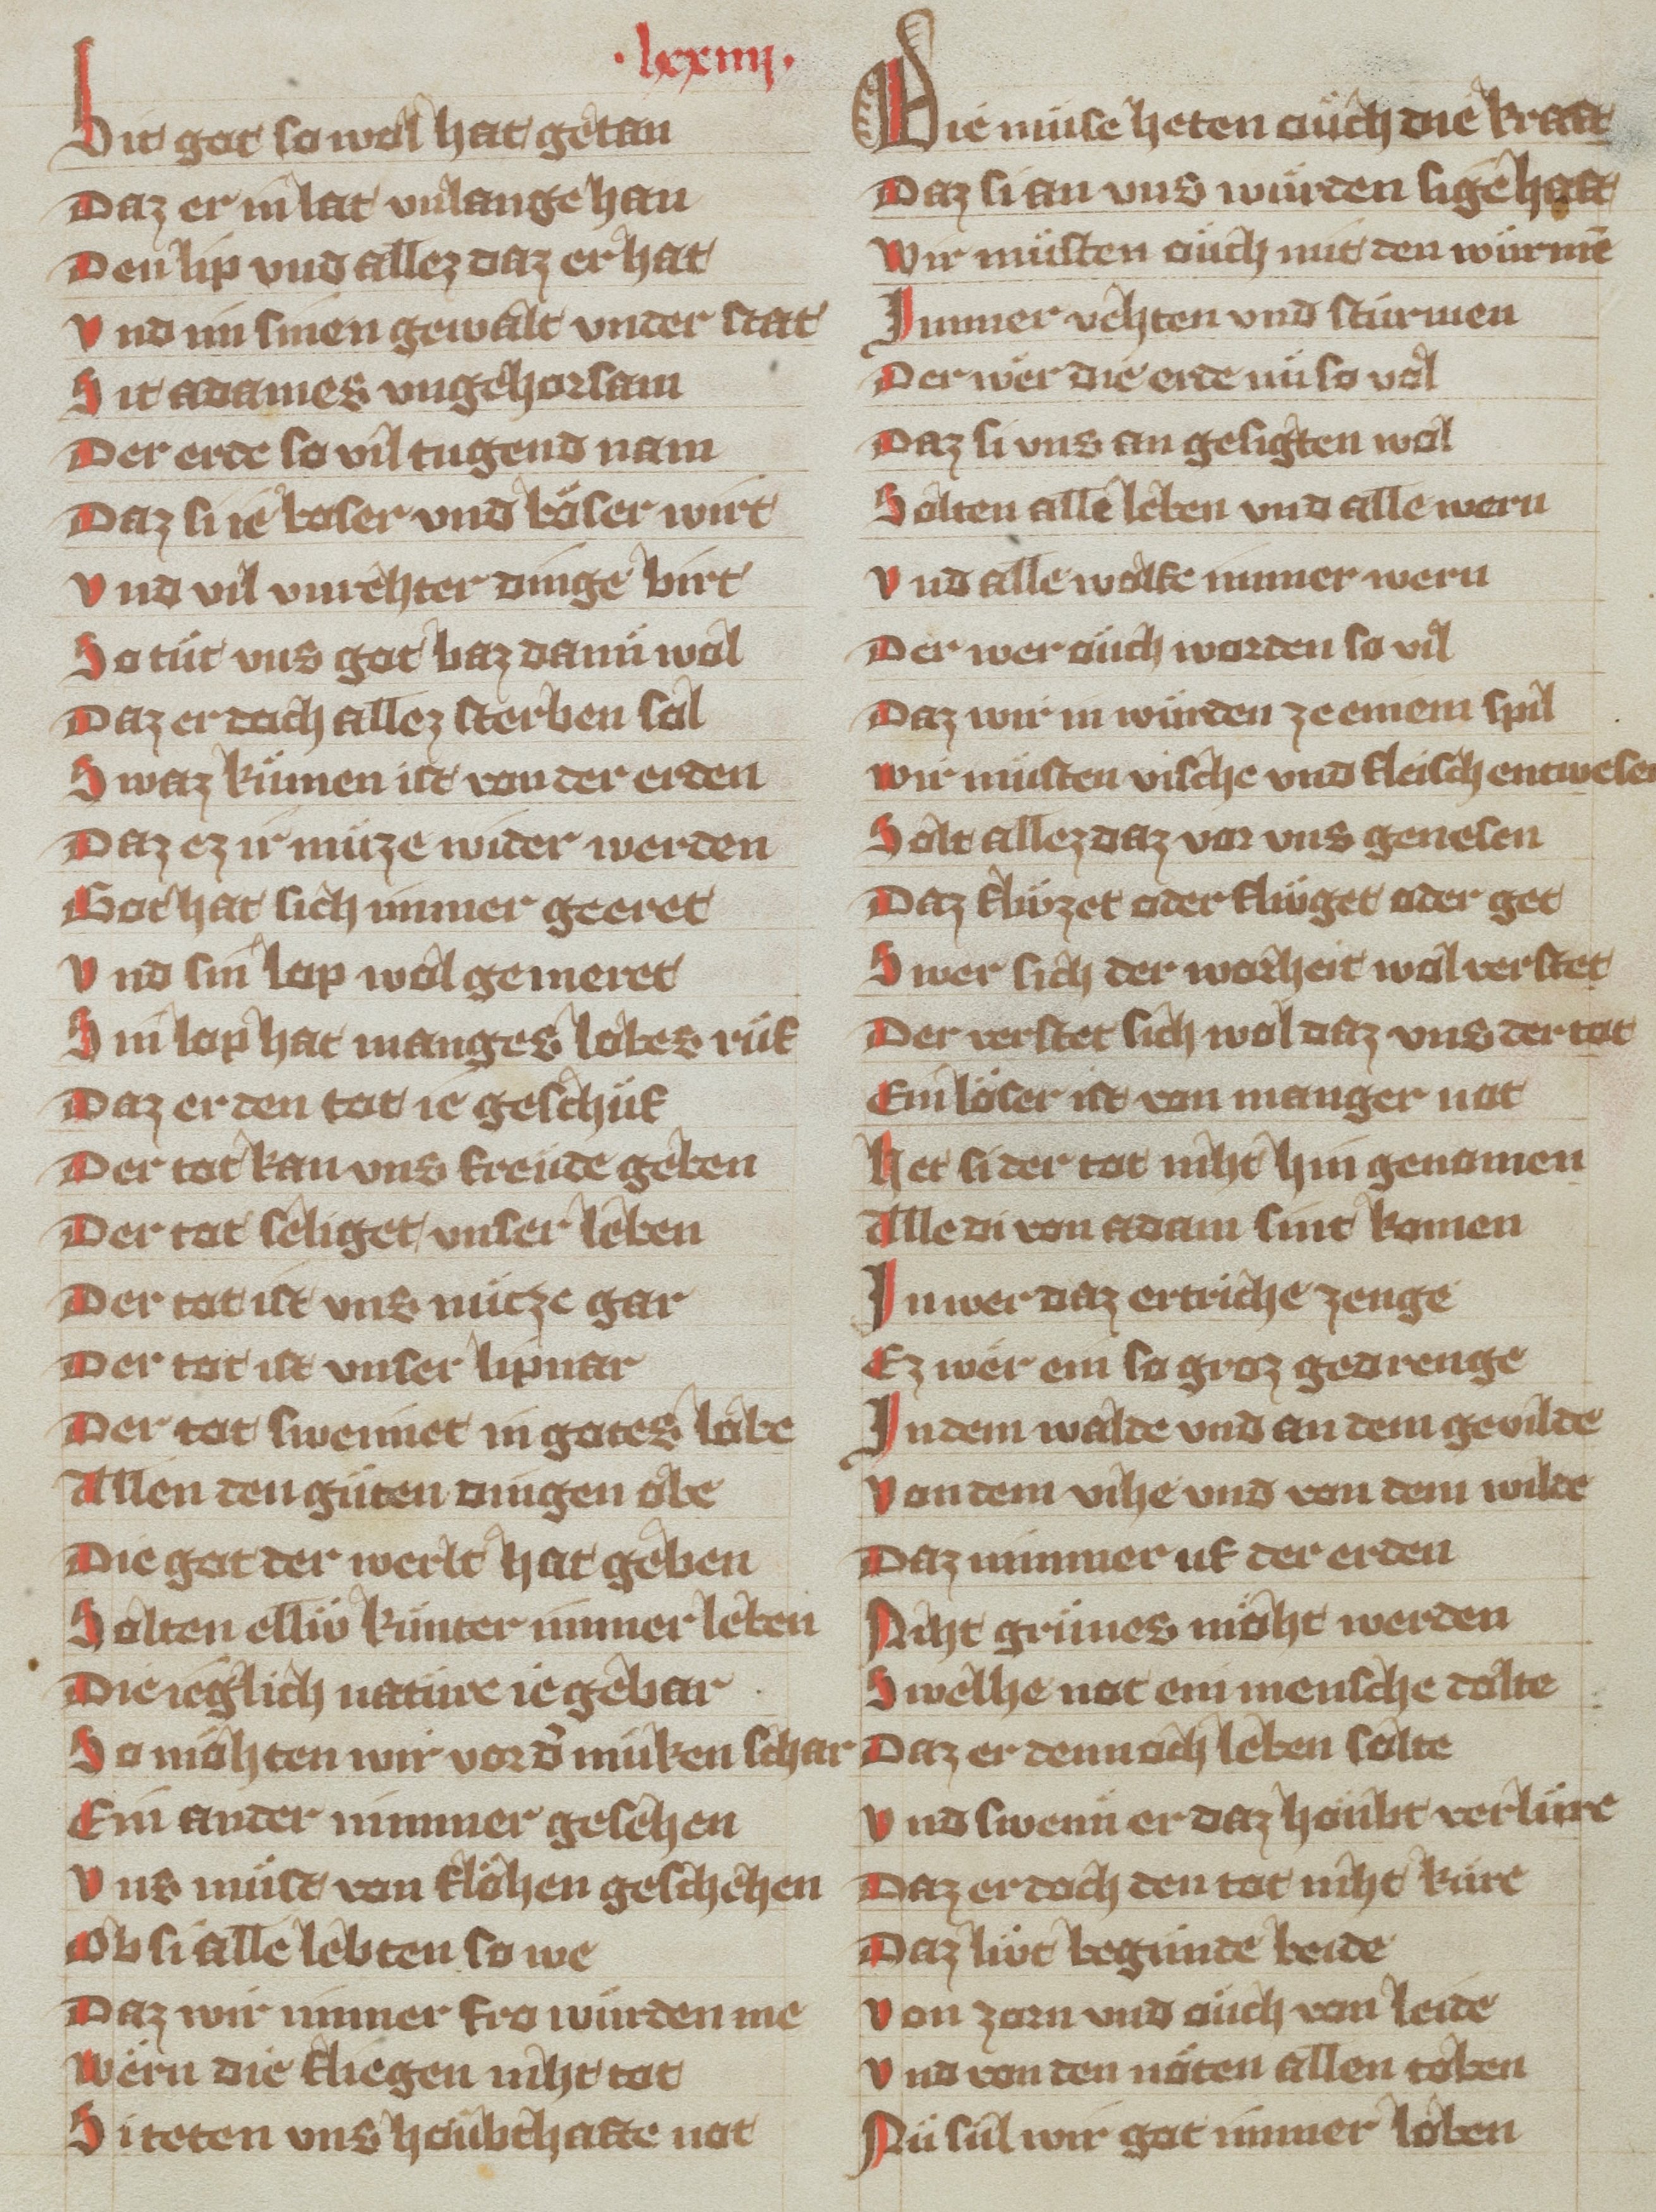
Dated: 1340–1359